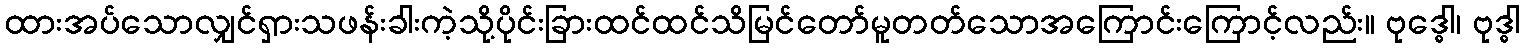
ထားအပ်သောလျှင်ရှားသဖန်းခါးကဲ့သို့ပိုင်းခြားထင်ထင်သိမြင်တော်မူတတ်သောအကြောင်းကြောင့်လည်း။ ဗုဒ္ဓေါ၊ ဗုဒ္ဓါ